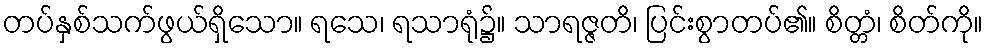
တပ်နှစ်သက်ဖွယ်ရှိသော။ ရသေ၊ ရသာရုံ၌။ သာရဇ္ဇတိ၊ ပြင်းစွာတပ်၏။ စိတ္တံ၊ စိတ်ကို။